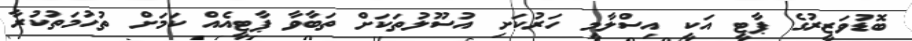
ބޮޑުވަޒީރުގެ ޕާޓީ އަކީ އިސްލާމީ ހަރުކަށި އުސޫލުތަކަށް ތަބާވާ ޕާޓީއެއް ކަމަށް ތުހުމަތުކުރާ